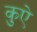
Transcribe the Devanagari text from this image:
कुऐ